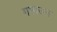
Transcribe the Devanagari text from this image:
गमाउन